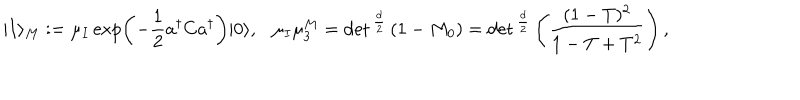
| I \rangle _ { M } : = \mu _ { I } \exp \left( - { \frac { 1 } { 2 } } a ^ { \dagger } C a ^ { \dagger } \right) | 0 \rangle , \ \ \ \mu _ { I } \mu _ { 3 } ^ { M } = \det { } ^ { \frac { d } { 2 } } \left( 1 - M _ { 0 } \right) = \det { } ^ { \frac { d } { 2 } } \left( { \frac { ( 1 - T ) ^ { 2 } } { 1 - T + T ^ { 2 } } } \right) ,